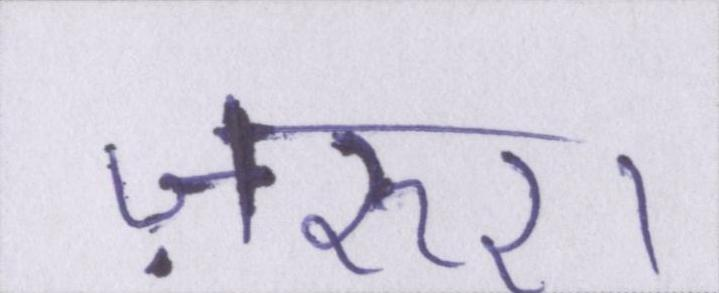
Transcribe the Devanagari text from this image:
ज़रुर।